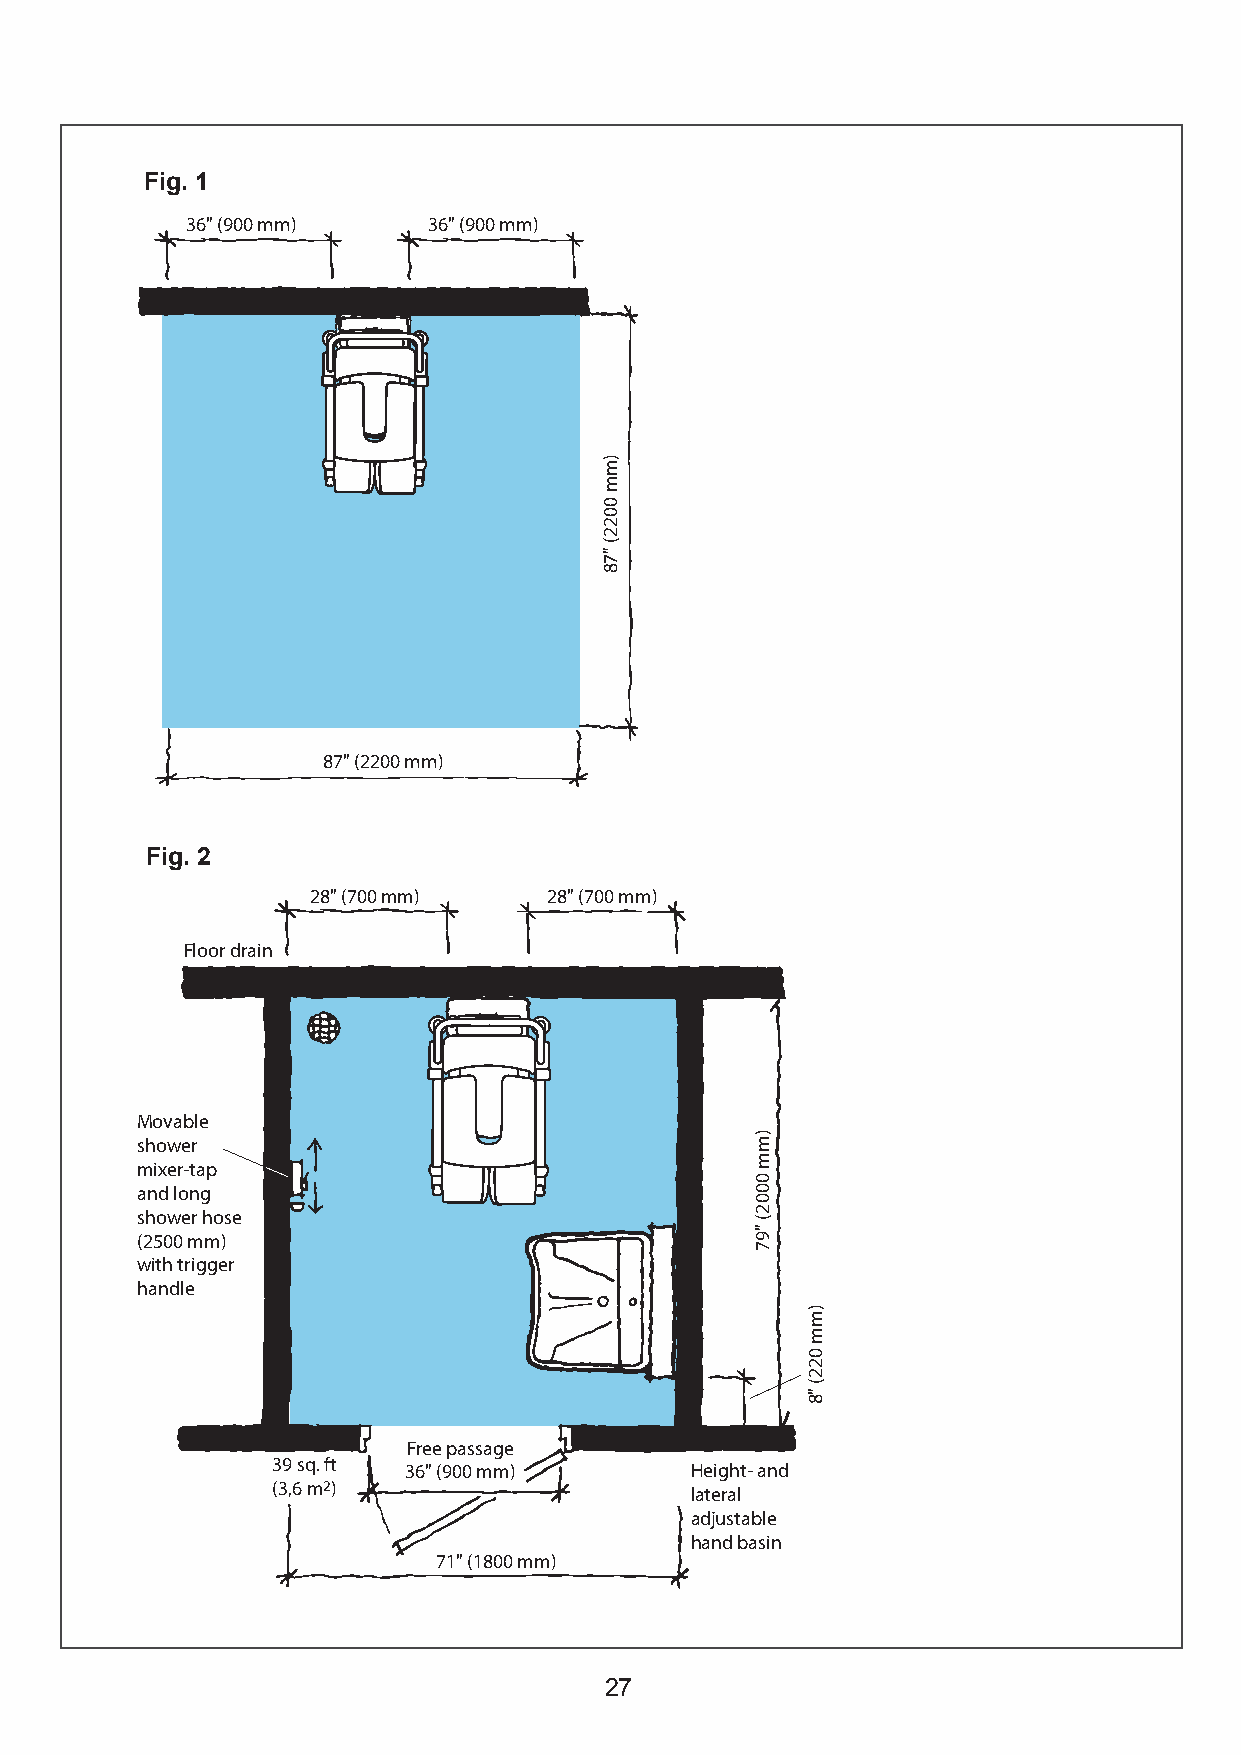
Fig. 1
 36" (900 mm)    36" (900 mm)
 87" (2200 mm)
 Fig. 2
 28" (700 mm)    28" (700 mm)
 Floor drain
 Movable
 shower
 mixer-tap
 and long
 shower hose
 (2500 mm)
 with trigger
 handle
 Free passage
 39 sq. ft
 36" (900 mm)       Height- and
 (3,6 m2)
 lateral
 adjustable
 hand basin
 71" (1800 mm)
 27
 )mm
 0022(
 "78
 )mm
 0002(
 "97
 )mm
 022(
 "8